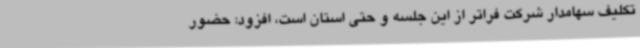
تکلیف سهامدار شرکت فراتر از این جلسه و حتی استان است، افزود: حضور